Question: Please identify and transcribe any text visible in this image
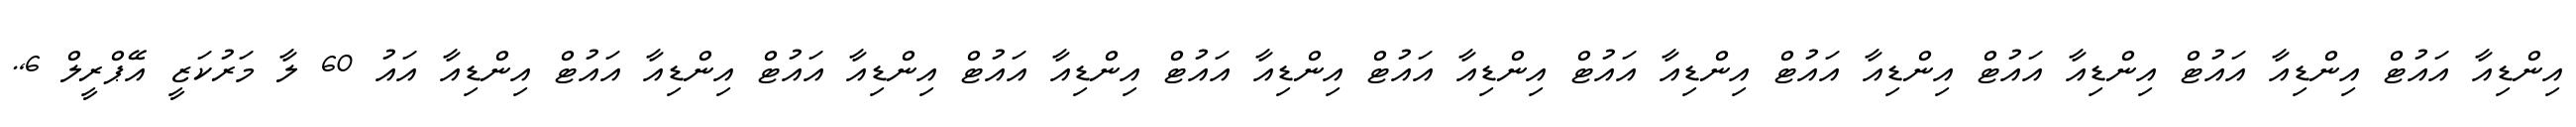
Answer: އިންޑިއާ އައުޓް އިންޑިއާ އައުޓް އިންޑިއާ އައުޓް އިންޑިއާ އައުޓް އިންޑިއާ އައުޓް އިންޑިއާ އައުޓް އިންޑިއާ އައުޓް އިންޑިއާ އައުޓް އިންޑިއާ އައުޓް އިންޑިއާ އައުޓް އިންޑިއާ އައު 60 ލާ މަރުކަޒީ އޭޕްރީލް 6,.